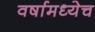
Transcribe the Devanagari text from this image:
वर्षामध्येच